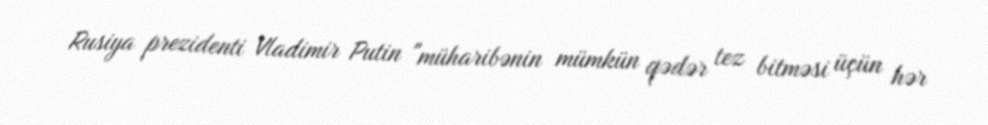
Rusiya prezidenti Vladimir Putin "müharibənin mümkün qədər tez bitməsi üçün hər